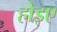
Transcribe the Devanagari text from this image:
होइए